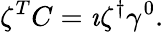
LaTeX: \zeta^{T}C=\imath\zeta^{\dagger}\gamma^{0}.